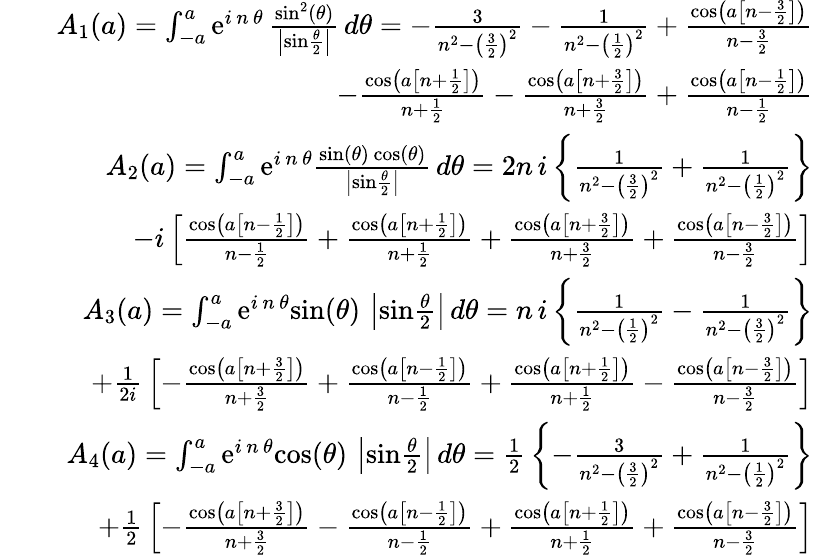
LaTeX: \begin{array}{rlr}&{}&{A_{1}(a)=\int_{-a}^{a}\mathrm{e}^{i\, n\, \theta}\, {\frac{\mathrm{sin}^{2}(\theta)}{\left|\mathrm{sin}{\frac{\theta}{2}}\right|}}\, d\theta=-{\frac{3}{n^{2}-\left({\frac{3}{2}}\right)^{2}}}-{\frac{1}{n^{2}-\left({\frac{1}{2}}\right)^{2}}}+{\frac{\mathrm{cos}\left(a\left[n-{\frac{3}{2}}\right]\right)}{n-{\frac{3}{2}}}}}\\ &{}&{-{\frac{\mathrm{cos}\left(a\left[n+{\frac{1}{2}}\right]\right)}{n+{\frac{1}{2}}}}-{\frac{\mathrm{cos}\left(a\left[n+{\frac{3}{2}}\right]\right)}{n+{\frac{3}{2}}}}+{\frac{\mathrm{cos}\left(a\left[n-{\frac{1}{2}}\right]\right)}{n-{\frac{1}{2}}}}}\\ &{}&{A_{2}(a)=\int_{-a}^{a}\mathrm{e}^{i\, n\, \theta}{\frac{\mathrm{sin}(\theta)\, \mathrm{cos}(\theta)}{\left|\mathrm{sin}{\frac{\theta}{2}}\right|}}\, d\theta=2n\, i\left\{ {\frac{1}{n^{2}-\left({\frac{3}{2}}\right)^{2}}}+{\frac{1}{n^{2}-\left({\frac{1}{2}}\right)^{2}}}\right\} }\\ &{}&{-i\left[{\frac{\mathrm{cos}\left(a\left[n-{\frac{1}{2}}\right]\right)}{n-{\frac{1}{2}}}}+{\frac{\mathrm{cos}\left(a\left[n+{\frac{1}{2}}\right]\right)}{n+{\frac{1}{2}}}}+{\frac{\mathrm{cos}\left(a\left[n+{\frac{3}{2}}\right]\right)}{n+{\frac{3}{2}}}}+{\frac{\mathrm{cos}\left(a\left[n-{\frac{3}{2}}\right]\right)}{n-{\frac{3}{2}}}}\right]}\\ &{}&{A_{3}(a)=\int_{-a}^{a}\mathrm{e}^{i\, n\, \theta}\mathrm{sin}(\theta)\, \left|\mathrm{sin}{\frac{\theta}{2}}\right|\, d\theta=n\, i\left\{ {\frac{1}{n^{2}-\left({\frac{1}{2}}\right)^{2}}}-{\frac{1}{n^{2}-\left({\frac{3}{2}}\right)^{2}}}\right\} }\\ &{}&{+{\frac{1}{2i}}\left[-{\frac{\mathrm{cos}\left(a\left[n+{\frac{3}{2}}\right]\right)}{n+{\frac{3}{2}}}}+{\frac{\mathrm{cos}\left(a\left[n-{\frac{1}{2}}\right]\right)}{n-{\frac{1}{2}}}}+{\frac{\mathrm{cos}\left(a\left[n+{\frac{1}{2}}\right]\right)}{n+{\frac{1}{2}}}}-{\frac{\mathrm{cos}\left(a\left[n-{\frac{3}{2}}\right]\right)}{n-{\frac{3}{2}}}}\right]}\\ &{}&{A_{4}(a)=\int_{-a}^{a}\mathrm{e}^{i\, n\, \theta}\mathrm{cos}(\theta)\, \left|\mathrm{sin}{\frac{\theta}{2}}\right|\, d\theta={\frac{1}{2}}\left\{ -{\frac{3}{n^{2}-\left({\frac{3}{2}}\right)^{2}}}+{\frac{1}{n^{2}-\left({\frac{1}{2}}\right)^{2}}}\right\} }\\ &{}&{+{\frac{1}{2}}\left[-{\frac{\mathrm{cos}\left(a\left[n+{\frac{3}{2}}\right]\right)}{n+{\frac{3}{2}}}}-{\frac{\mathrm{cos}\left(a\left[n-{\frac{1}{2}}\right]\right)}{n-{\frac{1}{2}}}}+{\frac{\mathrm{cos}\left(a\left[n+{\frac{1}{2}}\right]\right)}{n+{\frac{1}{2}}}}+{\frac{\mathrm{cos}\left(a\left[n-{\frac{3}{2}}\right]\right)}{n-{\frac{3}{2}}}}\right]}\end{array}